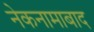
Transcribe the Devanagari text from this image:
नेकनामाबाद